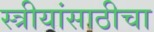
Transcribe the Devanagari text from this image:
स्त्रीयांसाठीचा